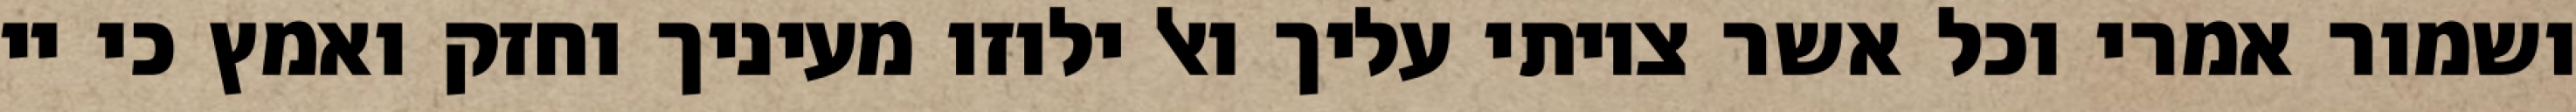
ושמור אמרי וכל אשר צויתי עליך ואל ילוזו מעיניך וחזק ואמץ כי יי